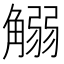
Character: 䚥